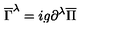
\overline { { \Gamma } } ^ { \lambda } = i g \partial ^ { \lambda } \overline { { \Pi } }